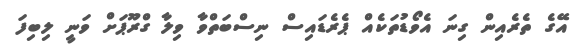
އޭގެ ތެރެއިން ގިނަ އެވޯޑުތަކެއް ޕެރެޑައިސް ނިސްބަތްވާ ވިލާ ގްރޫޕަށް ވަނީ ލިބިފަ